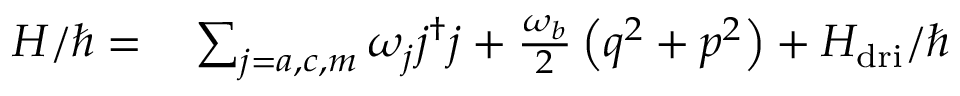
\begin{array} { r l } { H / \hbar = } & { { } \sum _ { j = a , c , m } \omega _ { j } j ^ { \dagger } j + \frac { \omega _ { b } } { 2 } \left( q ^ { 2 } + p ^ { 2 } \right) + H _ { \mathrm { d r i } } / \hbar } \end{array}